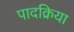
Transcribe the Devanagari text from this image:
पादक्रिया